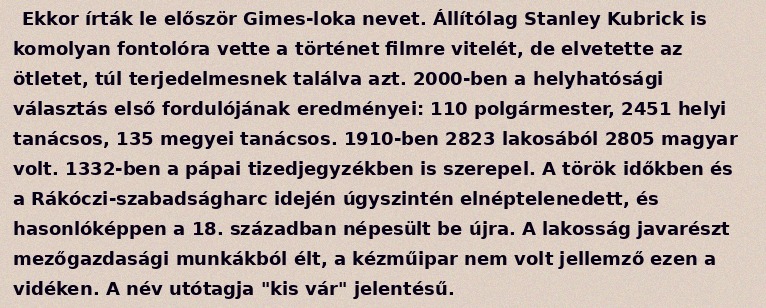
Ekkor írták le először Gimes-loka nevet. Állítólag Stanley Kubrick is komolyan fontolóra vette a történet filmre vitelét, de elvetette az ötletet, túl terjedelmesnek találva azt. 2000-ben a helyhatósági választás első fordulójának eredményei: 110 polgármester, 2451 helyi tanácsos, 135 megyei tanácsos. 1910-ben 2823 lakosából 2805 magyar volt. 1332-ben a pápai tizedjegyzékben is szerepel. A török időkben és a Rákóczi-szabadságharc idején úgyszintén elnéptelenedett, és hasonlóképpen a 18. században népesült be újra. A lakosság javarészt mezőgazdasági munkákból élt, a kézműipar nem volt jellemző ezen a vidéken. A név utótagja "kis vár" jelentésű.